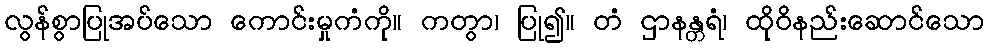
လွန်စွာပြုအပ်သော ကောင်းမှုကံကို။ ကတွာ၊ ပြု၍။ တံ ဌာနန္တရံ၊ ထိုဝိနည်းဆောင်သော